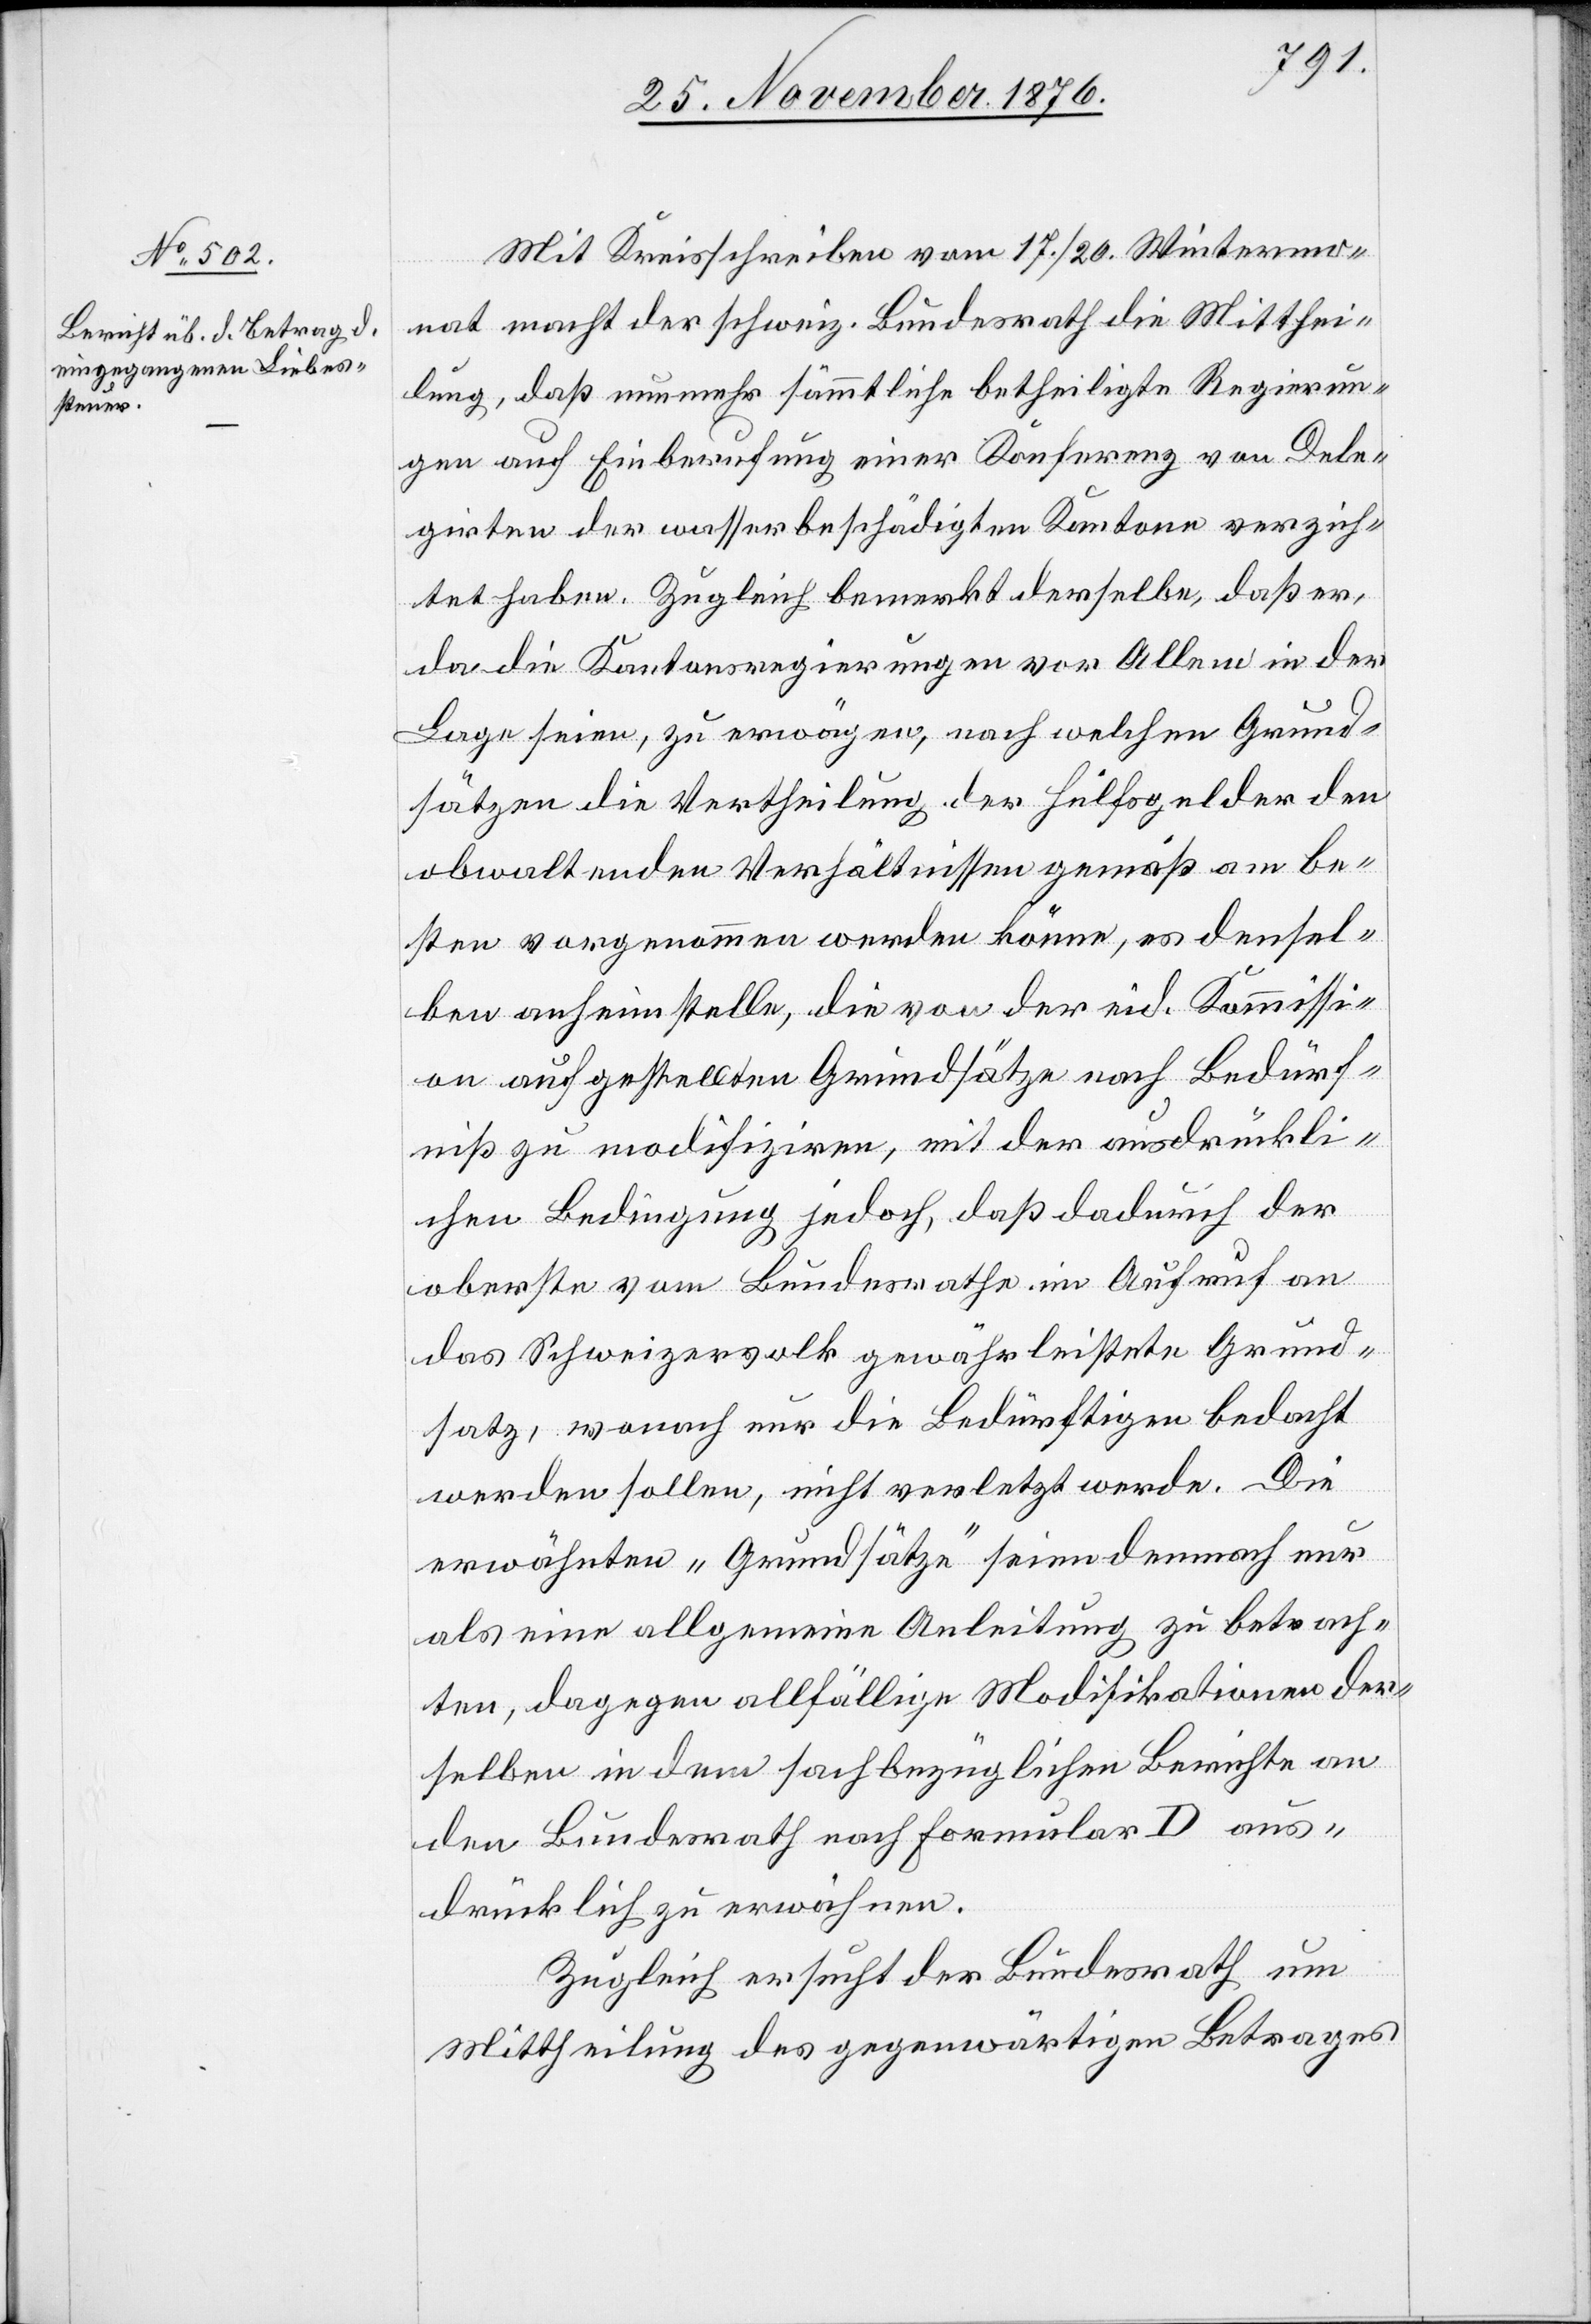
Mit Kreisschreiben vom 17./20. Wintermo¬
nat macht der schweiz. Bundesrath die Mitthei¬
lung, daß nunmehr sämmtliche betheiligte Regierun¬
gen auf Einberufung einer Konferenz von Dele¬
girten der wasserbeschädigten Kantone verzich¬
tet haben. Zugleich bemerkt derselbe, daß er,
da die Kantonsregierungen vor Allem in der
Lage seien, zu erwägen, nach welchen Grund¬
sätzen die Vertheilung der Hülfsgelder den
obwaltenden Verhältnissen gemäß am be¬
sten vorgenommen werden könne, es densel¬
ben anheimstelle, die von der eid. Kommissi¬
on aufgestellten Grundsätze nach Bedürf¬
niß zu modifiziren, mit der ausdrückli¬
chen Bedingung jedoch, daß dadurch der
oberste vom Bundesrathe im Aufruf an
das Schweizervolk gewährleistete Grund¬
satz, wonach nur die Bedürftigen bedacht
werden sollen nicht verletzt werde. Die
erwähnten „Grundsätze“ seien demnach nur
als eine allgemeine Anleitung zu betrach¬
ten, dagegen allfällige Modifikationen der¬
selben in dem sachbezüglichen Berichte an
den Bundesrath nach Formular D aus¬
drücklich zu erwähnen.
Zugleich ersucht der Bundesrath um
Mittheilung des gegenwärtigen Betrages